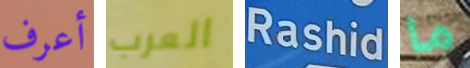
أعرف العرب Rashid ما